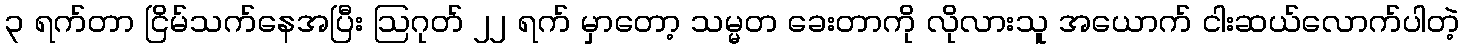
၃ ရက်တာ ငြိမ်သက်နေအပြီး ဩဂုတ် ၂၂ ရက် မှာတော့ သမ္မတ ခေးတာကို လိုလားသူ အယောက် ငါးဆယ်လောက်ပါတဲ့